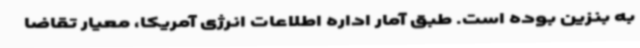
به بنزین بوده است. طبق آمار اداره اطلاعات انرژی آمریکا، معیار تقاضا